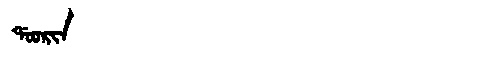
Manchu: ᡩᠣᠣᡵᡳᠨ
Romanization: DOORIN